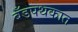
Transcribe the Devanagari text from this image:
बँडपथकात